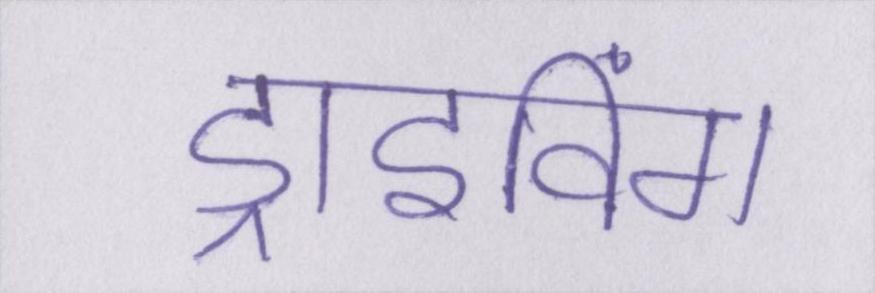
ड्राइविंग